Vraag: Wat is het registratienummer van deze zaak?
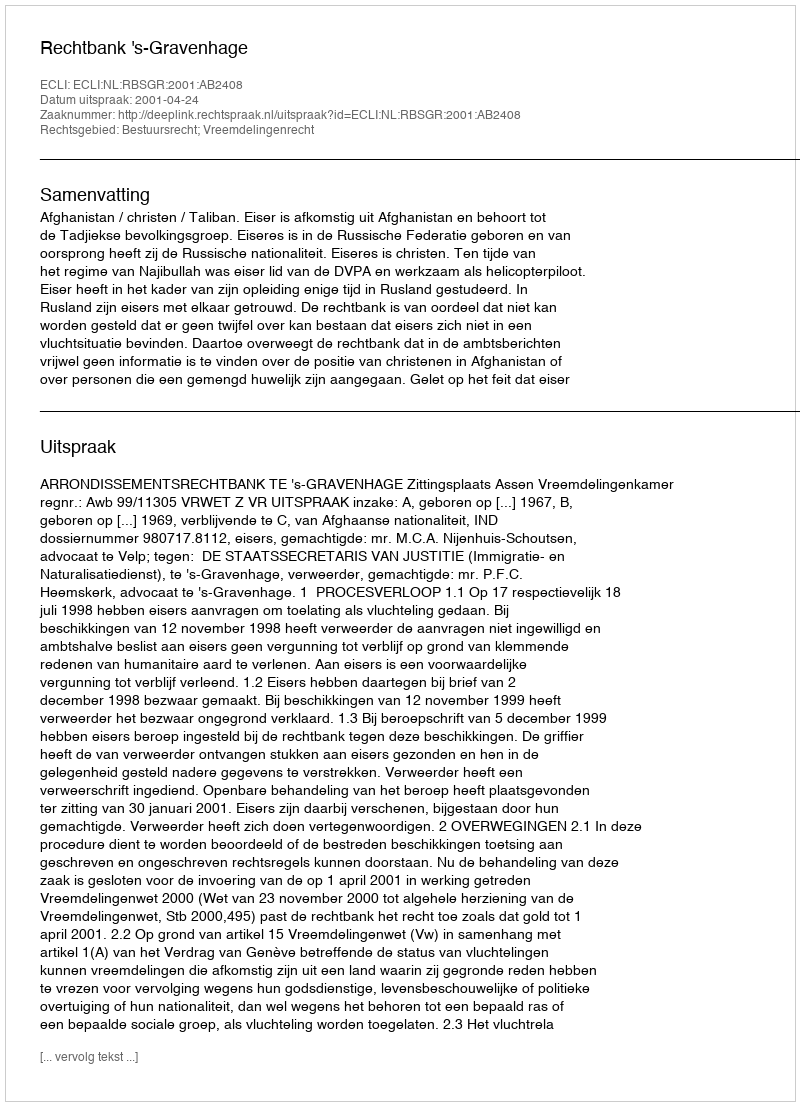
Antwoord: http://deeplink.rechtspraak.nl/uitspraak?id=ECLI:NL:RBSGR:2001:AB2408